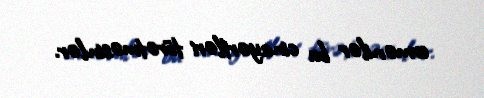
ermənilər bu cinayərtləri törətməsinlər.